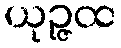
ယုဉ္ဇထ